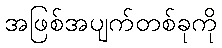
အဖြစ်အပျက်တစ်ခုကို